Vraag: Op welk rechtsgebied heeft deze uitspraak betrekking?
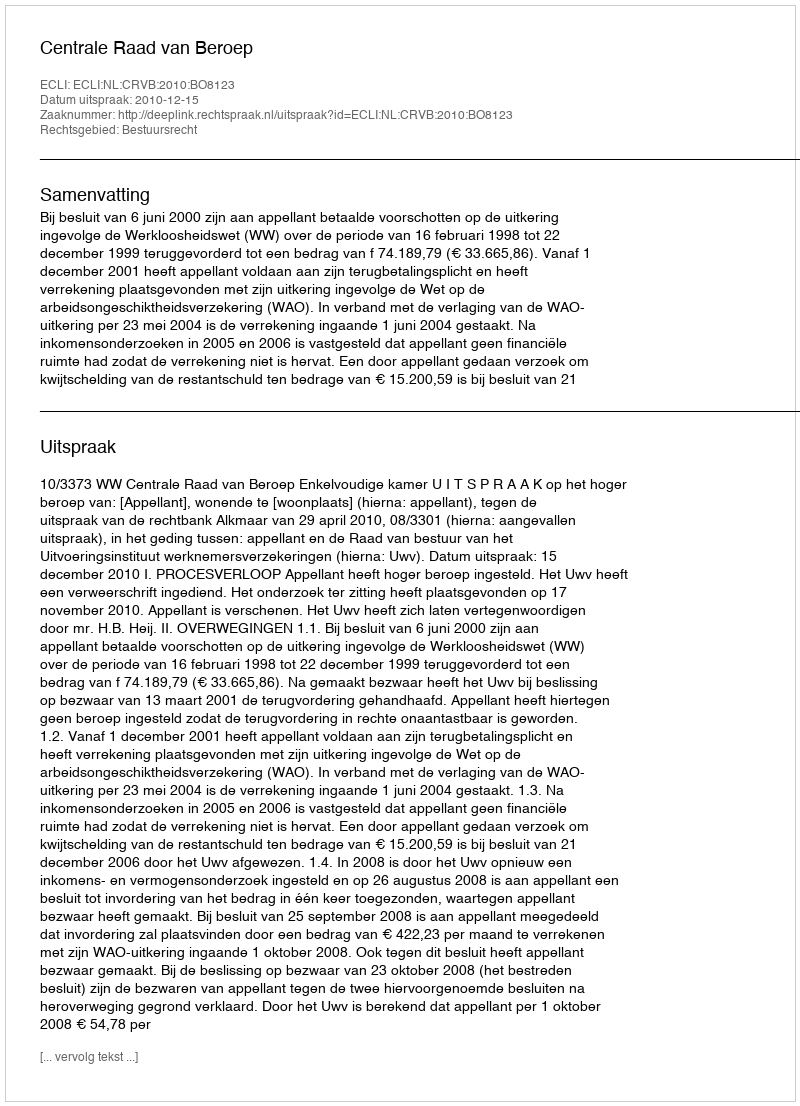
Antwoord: Bestuursrecht